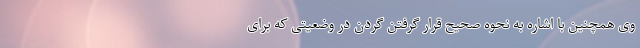
وی همچنین با اشاره به نحوه صحیح قرار گرفتن گردن در وضعیتی که برای